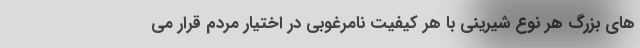
هاى بزرگ هر نوع شیرینى با هر کیفیت نامرغوبى در اختیار مردم قرار مى